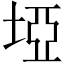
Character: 埡